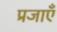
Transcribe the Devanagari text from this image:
प्रजाएँ